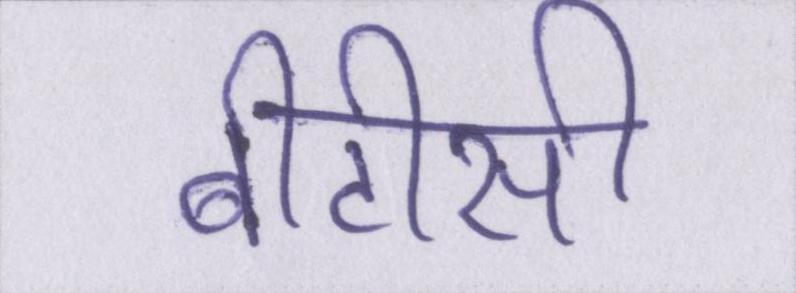
बीटीसी